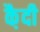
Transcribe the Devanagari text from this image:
कै़दी